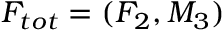
F _ { t o t } = ( F _ { 2 } , M _ { 3 } )